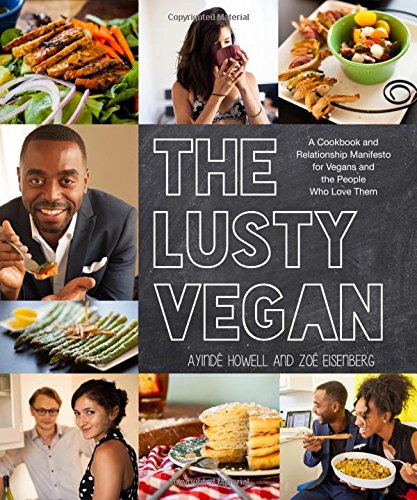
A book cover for The Lusty Vegan: A Cookbook and Relationship Manifesto for Vegans and Those Who Love Them; Ayinde Howell; Parenting & Relationships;